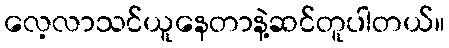
လေ့လာသင်ယူနေတာနဲ့ဆင်တူပါတယ်။